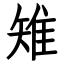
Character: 雉